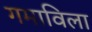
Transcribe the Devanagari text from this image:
गमाविला